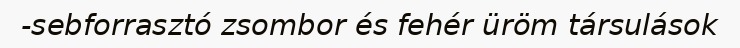
-sebforrasztó zsombor és fehér üröm társulások